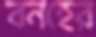
বনহের